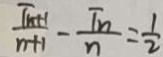
\frac { T _ { n + 1 } } { n + 1 } - \frac { T _ { n } } { n } = \frac { 1 } { 2 }